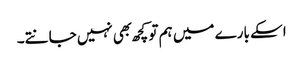
اسکے بارے میں ہم تو کچھ بهی نہیں جانتے۔